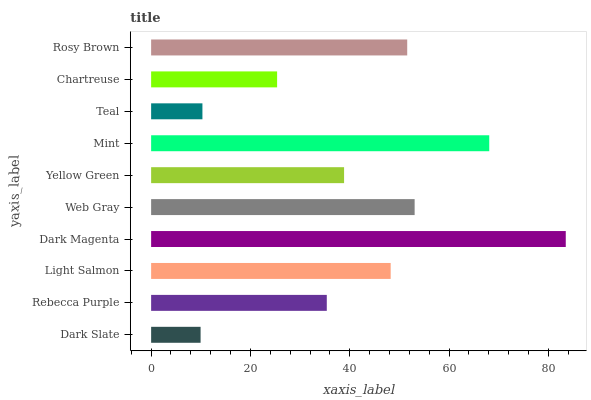
| yaxis_label | bars |
 | --- | --- |
 | Dark Slate | 9.96 |
 | Rebecca Purple | 35.4 |
 | Light Salmon | 48.2 |
 | Dark Magenta | 83.5 |
 | Web Gray | 53.1 |
 | Yellow Green | 38.9 |
 | Mint | 68.1 |
 | Teal | 10.3 |
 | Chartreuse | 25.4 |
 | Rosy Brown | 51.6 |